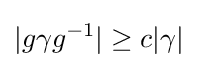
|g\gamma g^{-1}|\geq c|\gamma |